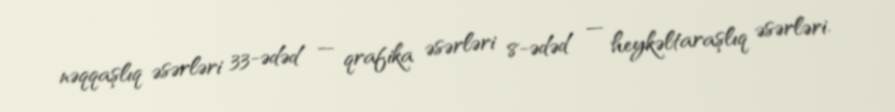
nəqqaşlıq əsərləri 33-ədəd — qrafika əsərləri 8-ədəd — heykəltaraşlıq əsərləri.